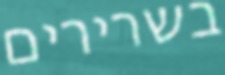
בשרירים